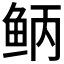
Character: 𫚎